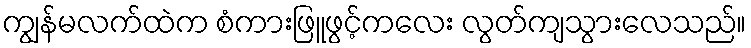
ကျွန်မလက်ထဲက စံကားဖြူဖွင့်ကလေး လွတ်ကျသွားလေသည်။